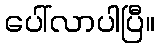
ပေါ်လာပါပြီ။